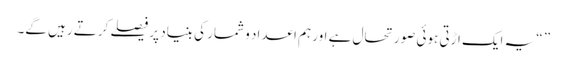
” “یہ ایک اڑتی ہوئی صورتحال ہے اور ہم اعداد و شمار کی بنیاد پر فیصلے کرتے رہیں گے۔